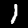
Digit: 1